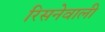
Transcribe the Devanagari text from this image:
रिसनेवाली